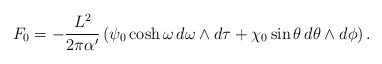
\begin{align*}F_0 = -\frac{L^2}{2\pi\alpha'}\left(\psi_0\cosh\omega\,d\omega\wedge d\tau + \chi_0\sin\theta\,d\theta\wedge d\phi\right).\end{align*}